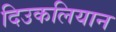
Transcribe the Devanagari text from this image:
दिउकलियान